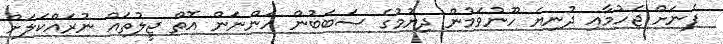
ފެނަށް ޖެހުމާއި ދުނިޔެ ހޫނުވަމުން ދިޔުމުގެ ސަބަބުން އަންނަން އޮތް ޖީލުތައް ނުރައްކަލަށް